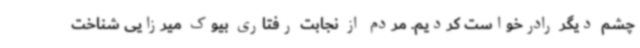
چشم دیگر رادرخواست کردیم. مردم از نجابت رفتاری بیوک میرزایی شناخت